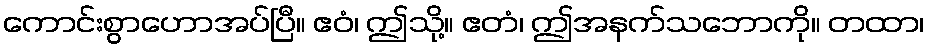
ကောင်းစွာဟောအပ်ပြီ။ ဧဝံ၊ ဤသို့။ ဧတံ၊ ဤအနက်သဘောကို။ တထာ၊